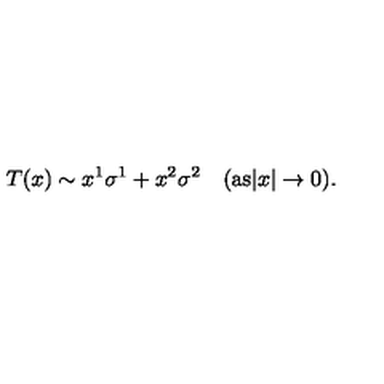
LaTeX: T ( x ) \sim x ^ { 1 } \sigma ^ { 1 } + x ^ { 2 } \sigma ^ { 2 } \quad ( \mathrm { a s } | x | \rightarrow 0 ) .